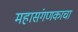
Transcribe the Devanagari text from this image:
महासंगणकाचा